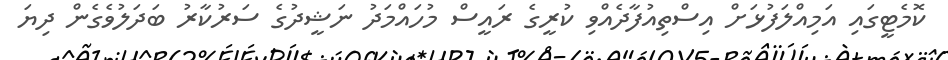
ކޮމެޓީގައި އަމިއްލަފުޅަށް އިސްތިއުފާދެއްވި ކުރީގެ ރައީސް މުހައްމަދު ނަޝީދުގެ ސަރުކާރު ބަދަލުވެގެން ދިޔަ